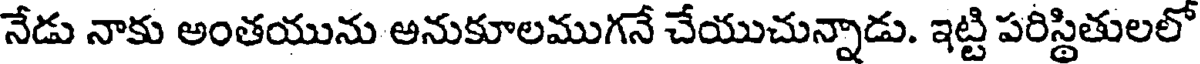
నేడు నాకు అంతయును అనుకూలముగనే చేయుచున్నాడు. ఇట్టి పరిస్థితులలో